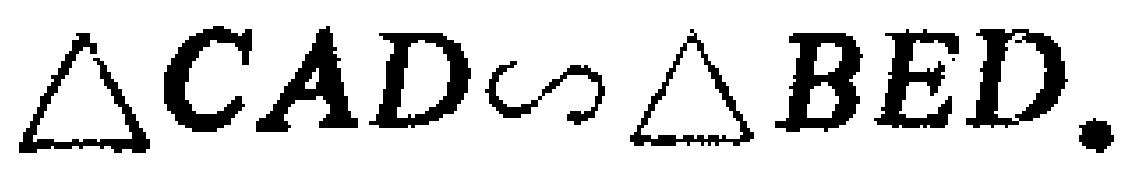
$\triangle CAD\sim\triangle BED.$